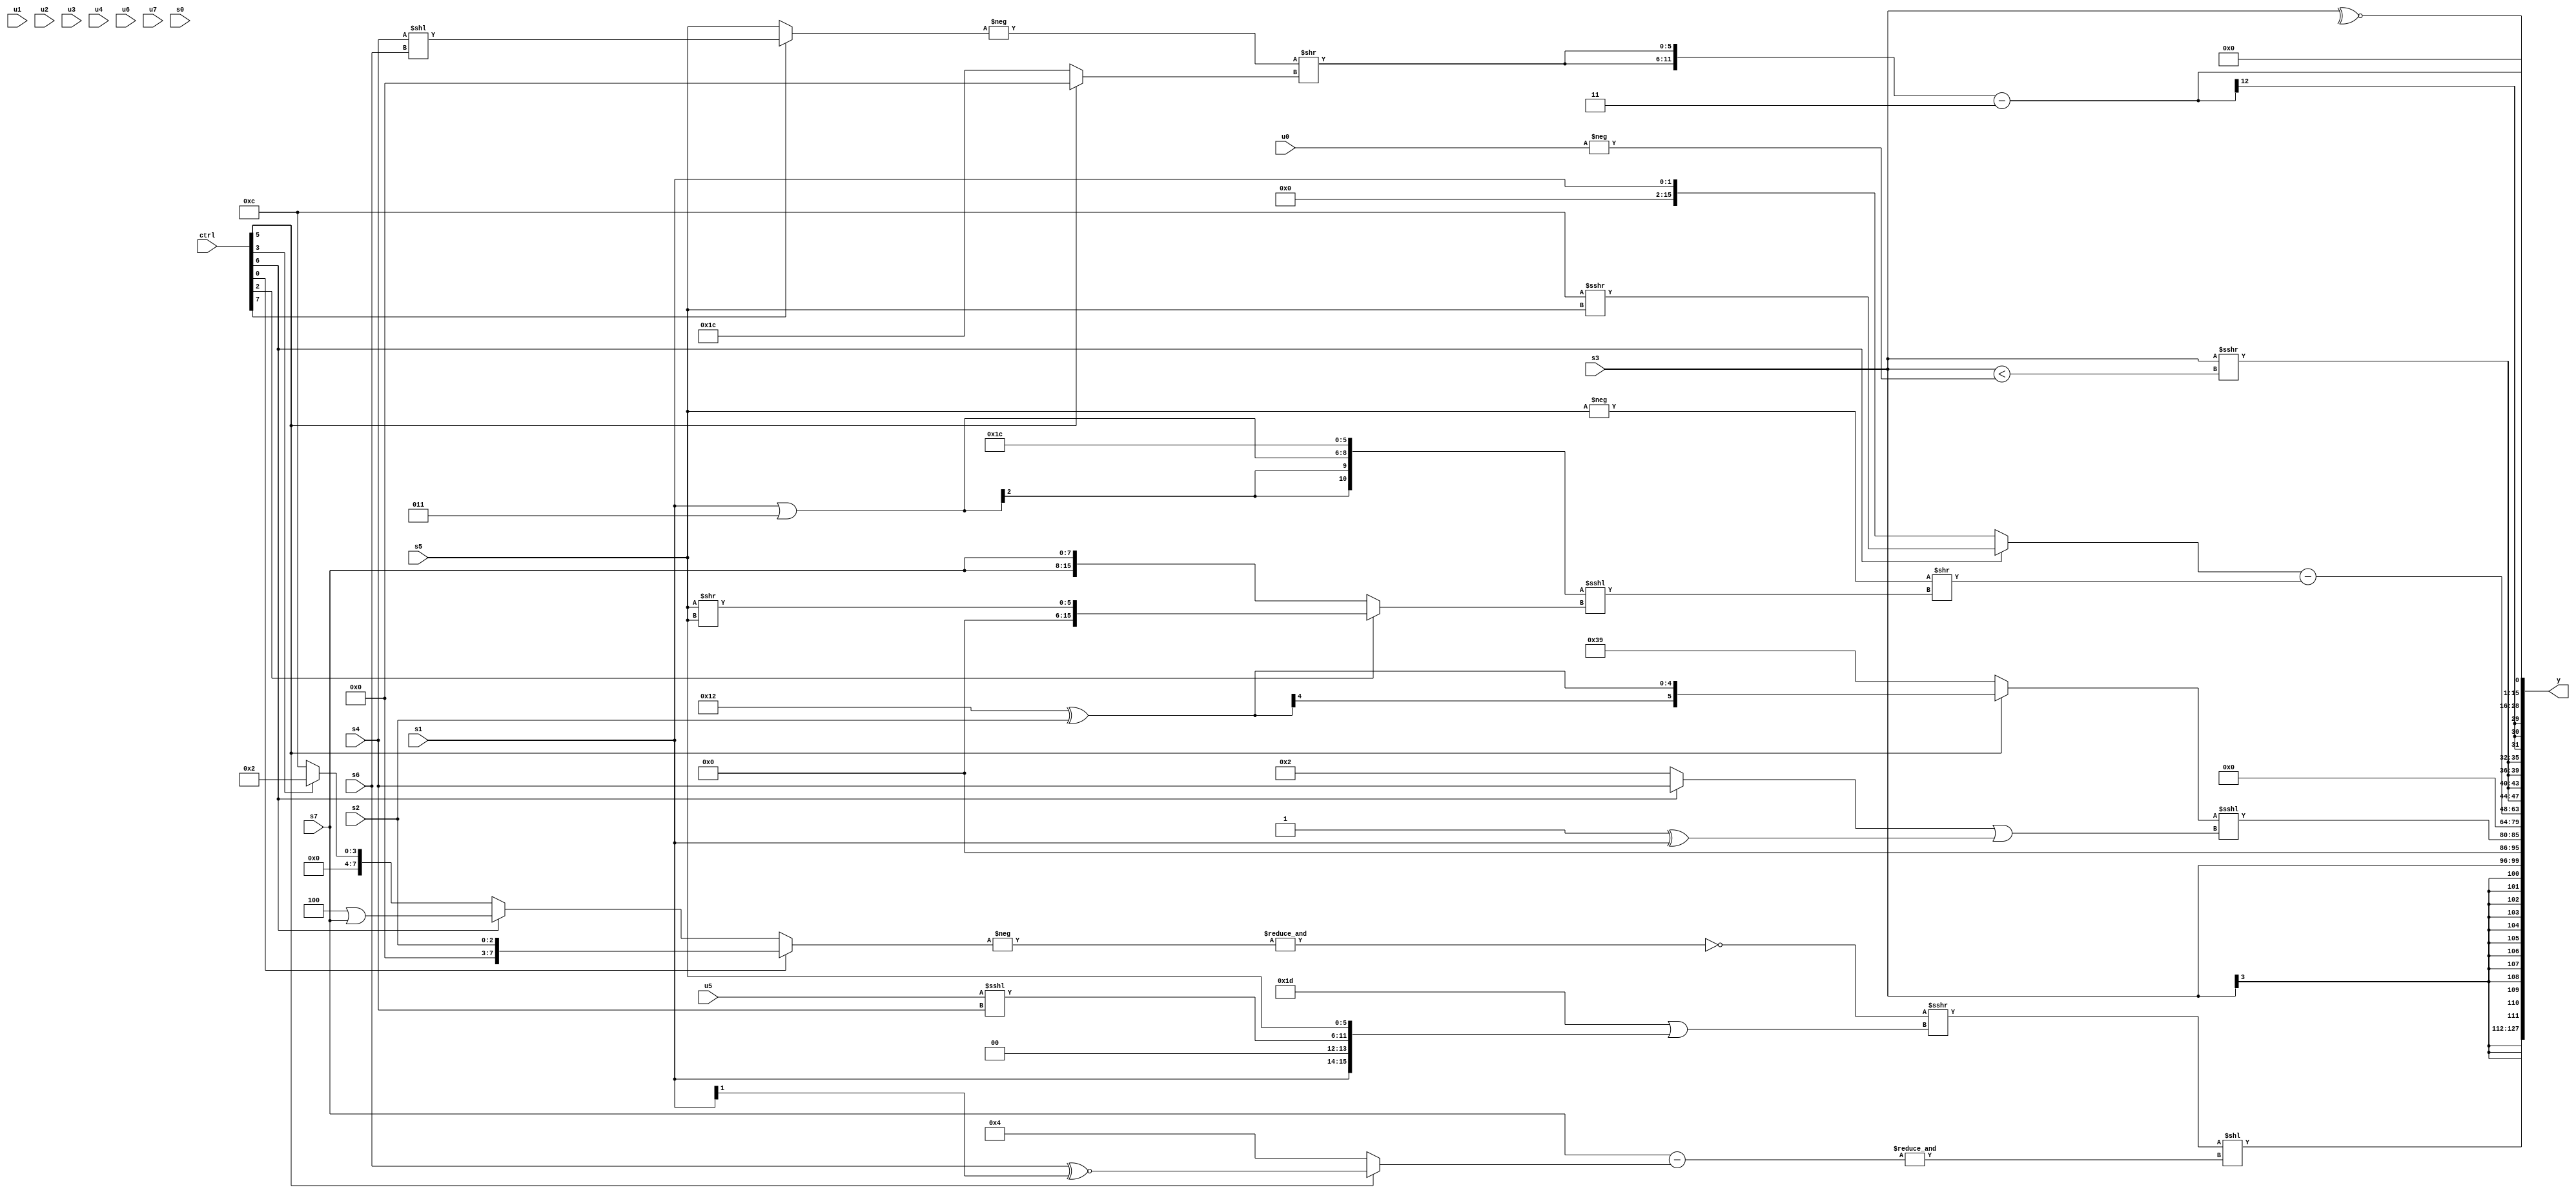
module wideexpr_00708(ctrl, u0, u1, u2, u3, u4, u5, u6, u7, s0, s1, s2, s3, s4, s5, s6, s7, y);
  input [7:0] ctrl;
  input [0:0] u0;
  input [1:0] u1;
  input [2:0] u2;
  input [3:0] u3;
  input [4:0] u4;
  input [5:0] u5;
  input [6:0] u6;
  input [7:0] u7;
  input signed [0:0] s0;
  input signed [1:0] s1;
  input signed [2:0] s2;
  input signed [3:0] s3;
  input signed [4:0] s4;
  input signed [5:0] s5;
  input signed [6:0] s6;
  input signed [7:0] s7;
  output [127:0] y;
  wire [15:0] y0;
  wire [15:0] y1;
  wire [15:0] y2;
  wire [15:0] y3;
  wire [15:0] y4;
  wire [15:0] y5;
  wire [15:0] y6;
  wire [15:0] y7;
  assign y = {y0,y1,y2,y3,y4,y5,y6,y7};
  assign y0 = ($signed((~&(-((ctrl[0]?s2:(ctrl[6]?(4'sb0100)|(s7):(ctrl[3]?2'b10:4'sb1100))))))>>>((+(+(6'sb011101)))|($signed(+({{s1,2'b00},(u5)<<<(s4),$signed(s5)}))))))<<(&((s7)-((ctrl[5]?(s6)^~((s1)>>>(-($signed(3'sb100)))):6'sb000100))));
  assign y1 = $signed(s3);
  assign y2 = {1{((ctrl[5]?(6'sb110010)^(s2):$signed(5'b11001)))<<<({+(((ctrl[6]?s4:{2'b10}))|({(1'sb1)^(s1)}))})}};
  assign y3 = 2'sb00;
  assign y4 = +(((ctrl[6]?(ctrl[6]?(4'sb1100)>>>(s5):+(+({3{4'sb1010}}))):s1))-((-(s5))>>(({{1{(s1)|(5'sb00011)}},6'b011100})<<<((ctrl[2]?{1{(s5)>>(s5)}}:{2{s7}})))));
  assign y5 = {4{(s3)>>>($signed((s3)<(-(u0))))}};
  assign y6 = ({2{(-((ctrl[7]?(s4)<<(s6):$signed(s5))))>>((ctrl[5]?$signed((s2)<<(4'sb1001)):6'sb011100))}})-(2'sb11);
  assign y7 = ~^(s3);
endmodule